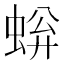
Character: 𫊿